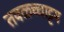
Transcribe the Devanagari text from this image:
तवळच्चाट्टम